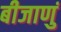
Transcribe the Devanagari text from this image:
बीजाणुं